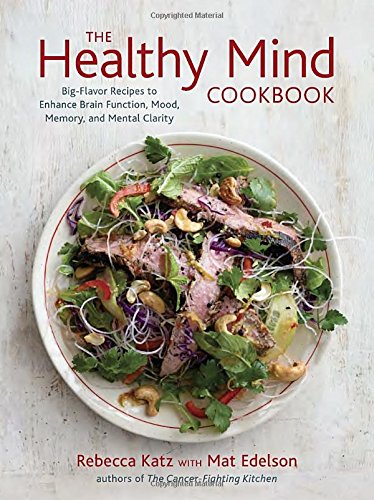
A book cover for The Healthy Mind Cookbook: Big-Flavor Recipes to Enhance Brain Function, Mood, Memory, and Mental Clarity; Rebecca Katz; Cookbooks, Food & Wine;